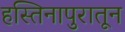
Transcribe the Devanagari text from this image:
हस्तिनापुरातून